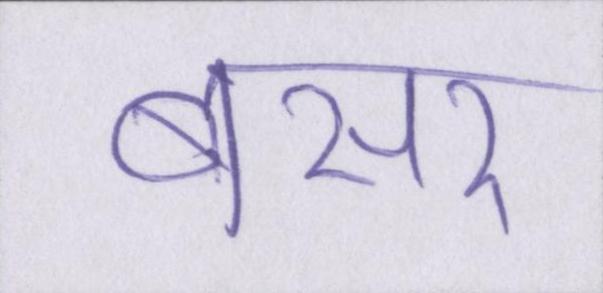
बसर